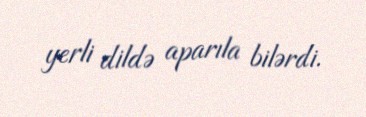
yerli dildə aparıla bilərdi.